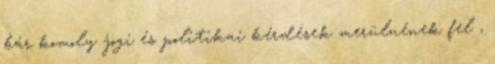
bár komoly jogi és politikai kérdések merülnének fel ,